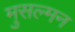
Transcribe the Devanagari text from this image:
मुसल्मन